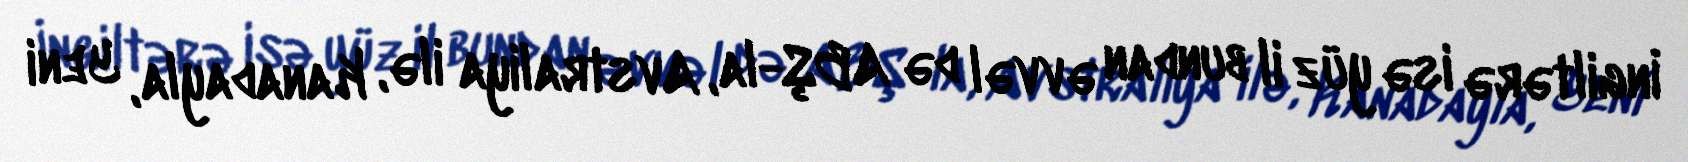
İngiltərə isə yüz il bundan əvvəl də ABŞ-la, Avstraliya ilə, Kanadayla, Yeni